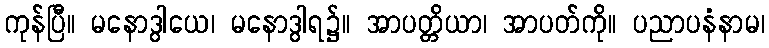
ကုန်ပြီ။ မနောဒွါယေ၊ မနောဒွါရ၌။ အာပတ္တိယာ၊ အာပတ်ကို။ ပညာပနံနာမ၊